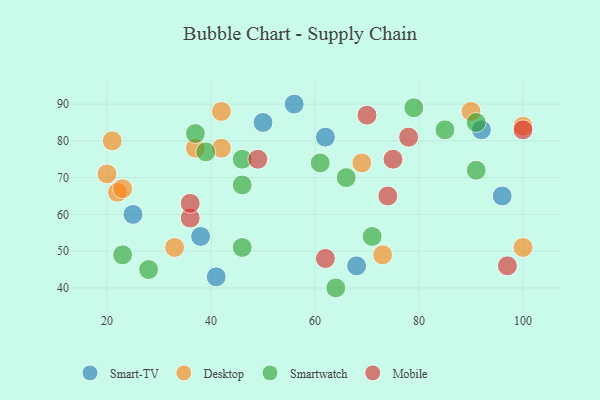
{"axis": {"x": "GDP", "y": "Life Expectancy"}, "legend": ["Desktop", "Mobile", "Smart-TV", "Smartwatch"], "data": [{"x": "38", "y": 54, "type": "Smart-TV"}, {"x": "62", "y": 81, "type": "Smart-TV"}, {"x": "96", "y": 65, "type": "Smart-TV"}, {"x": "56", "y": 90, "type": "Smart-TV"}, {"x": "68", "y": 46, "type": "Smart-TV"}, {"x": "50", "y": 85, "type": "Smart-TV"}, {"x": "25", "y": 60, "type": "Smart-TV"}, {"x": "41", "y": 43, "type": "Smart-TV"}, {"x": "92", "y": 83, "type": "Smart-TV"}, {"x": "22", "y": 66, "type": "Desktop"}, {"x": "100", "y": 84, "type": "Desktop"}, {"x": "37", "y": 78, "type": "Desktop"}, {"x": "90", "y": 88, "type": "Desktop"}, {"x": "42", "y": 78, "type": "Desktop"}, {"x": "42", "y": 88, "type": "Desktop"}, {"x": "21", "y": 80, "type": "Desktop"}, {"x": "100", "y": 51, "type": "Desktop"}, {"x": "20", "y": 71, "type": "Desktop"}, {"x": "23", "y": 67, "type": "Desktop"}, {"x": "33", "y": 51, "type": "Desktop"}, {"x": "73", "y": 49, "type": "Desktop"}, {"x": "69", "y": 74, "type": "Desktop"}, {"x": "46", "y": 75, "type": "Smartwatch"}, {"x": "91", "y": 72, "type": "Smartwatch"}, {"x": "71", "y": 54, "type": "Smartwatch"}, {"x": "61", "y": 74, "type": "Smartwatch"}, {"x": "39", "y": 77, "type": "Smartwatch"}, {"x": "46", "y": 51, "type": "Smartwatch"}, {"x": "64", "y": 40, "type": "Smartwatch"}, {"x": "66", "y": 70, "type": "Smartwatch"}, {"x": "37", "y": 82, "type": "Smartwatch"}, {"x": "46", "y": 68, "type": "Smartwatch"}, {"x": "28", "y": 45, "type": "Smartwatch"}, {"x": "79", "y": 89, "type": "Smartwatch"}, {"x": "91", "y": 85, "type": "Smartwatch"}, {"x": "85", "y": 83, "type": "Smartwatch"}, {"x": "23", "y": 49, "type": "Smartwatch"}, {"x": "62", "y": 48, "type": "Mobile"}, {"x": "78", "y": 81, "type": "Mobile"}, {"x": "36", "y": 59, "type": "Mobile"}, {"x": "75", "y": 75, "type": "Mobile"}, {"x": "74", "y": 65, "type": "Mobile"}, {"x": "70", "y": 87, "type": "Mobile"}, {"x": "97", "y": 46, "type": "Mobile"}, {"x": "36", "y": 63, "type": "Mobile"}, {"x": "100", "y": 83, "type": "Mobile"}, {"x": "49", "y": 75, "type": "Mobile"}]}